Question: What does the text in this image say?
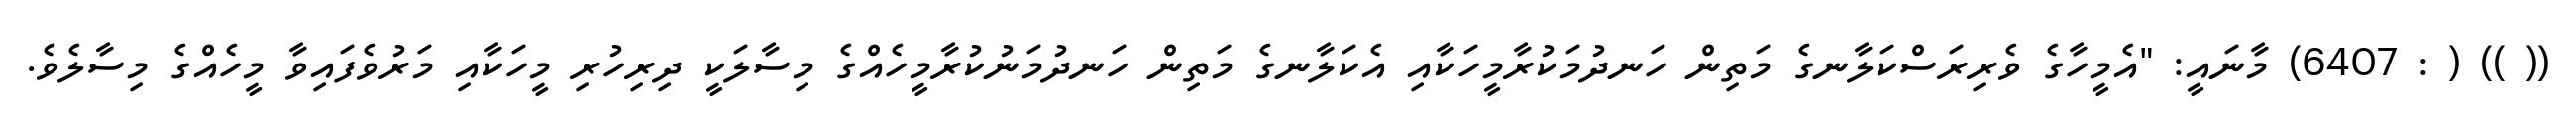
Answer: (( )) ( : 6407) މާނައީ: "އެމީހާގެ ވެރިރަސްކަލާނގެ މަތިން ހަނދުމަކުރާމީހަކާއި އެކަލާނގެ މަތިން ހަނދުމަނުކުރާމީހެއްގެ މިސާލަކީ ދިރިހުރި މީހަކާއި މަރުވެފައިވާ މީހެއްގެ މިސާލެވެ.